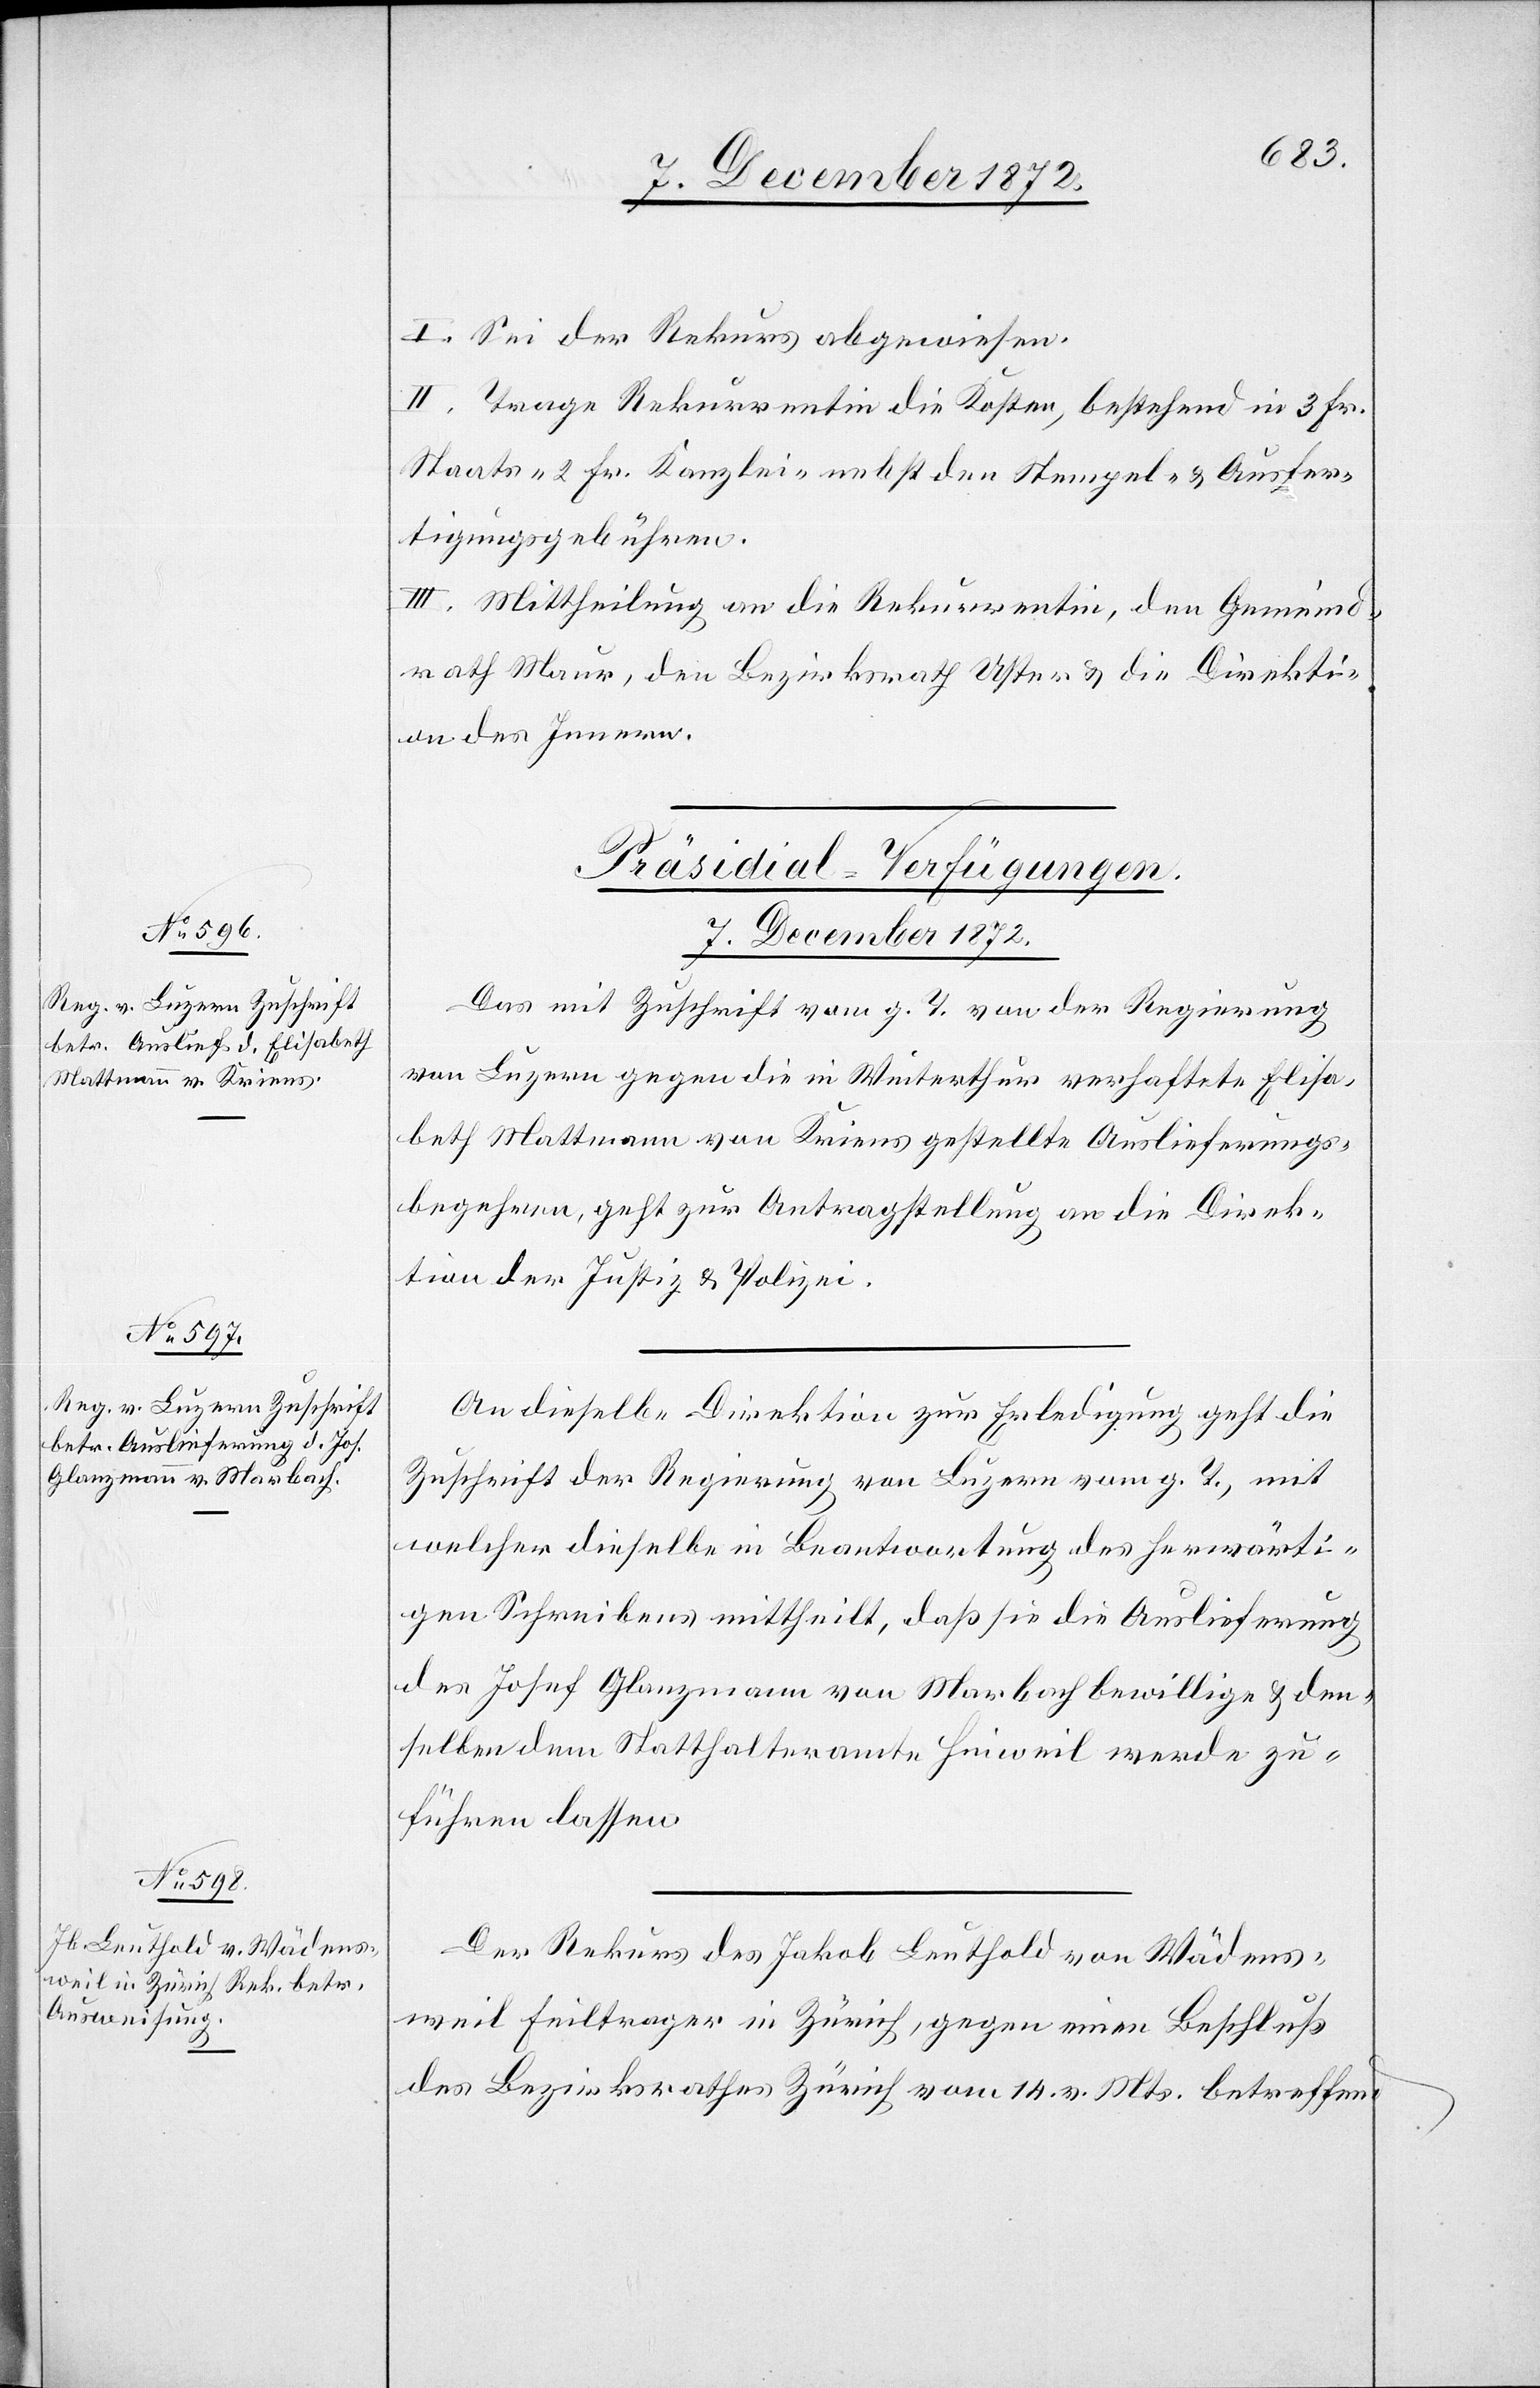
I. Sei der Rekurs abgewiesen.
II. Trage Rekurrentin die Kosten, bestehend in 3 Fr.
Staats- 2 Fr. Kanzlei- nebst den Stempel- u. Ausfer¬
tigungsgebühren.
III. Mittheilung an die Rekurrentin, den Gemeind¬
rath Maur, den Bezirksrath Uster u. die Direkti¬
on des Innern.
[Präsidial-Verfügungen.
7. December 1872.]
Das mit Zuschrift vom g. T. von der Regierung
von Luzern gegen die in Winterthur verhaftete Elisa¬
beth Mattmann von Kriens gestellte Auslieferungs¬
begehren, geht zur Antragstellung an die Direk¬
tion der Justiz u. Polizei.
An dieselbe Direktion zur Erledigung geht die
Zuschrift der Regierung von Luzern vom g. T., mit
welcher dieselbe in Beantwortung des herwärti¬
gen Schreibens mittheilt, daß sie die Auslieferung
des Josef Glanzmann von Marbach bewillige u. den¬
selben dem Statthalteramte Hinweil werde zu¬
führen lassen.
Der Rekurs des Jakob Leuthold von Wädens¬
weil Feiltrager in Zürich, gegen einen Beschluß
des Bezirksrathes Zürich vom 14. v. Mts. betreffend